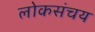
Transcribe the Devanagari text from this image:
लोकसंचय